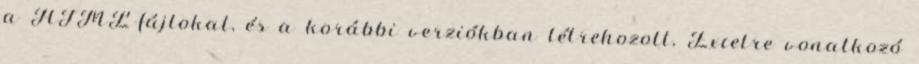
a HTML-fájlokat, és a korábbi verziókban létrehozott, Excelre vonatkozó